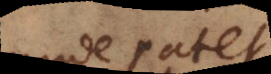
(unde patet